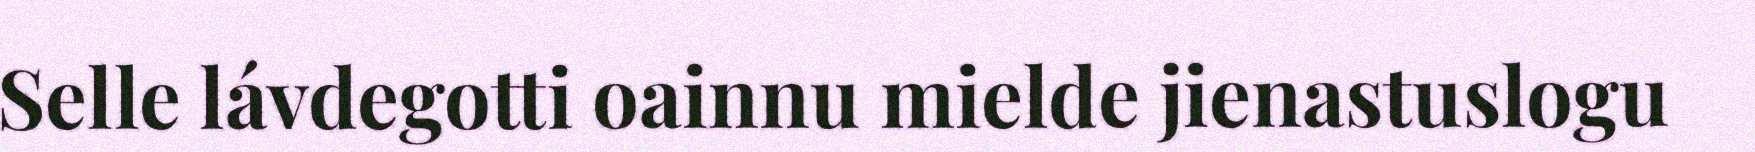
Selle lávdegotti oainnu mielde jienastuslogu